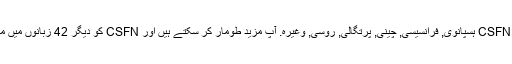
واپسی کے طور پر ، ہم کی مخفف کا ترجمہ کیا ہے CSFN ہسپانوی, فرانسیسی, چینی, پرتگالی, روسی, وغیرہ. آپ مزید طومار کر سکتے ہیں اور CSFN کو دیگر 42 زبانوں میں معنی تلاش کرنے کے لیے زبان مینیو پر کلک کریں ۔